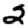
Digit: 2